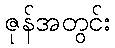
ဇုန်အတွင်း